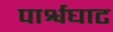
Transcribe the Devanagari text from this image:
पार्श्वघाट